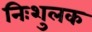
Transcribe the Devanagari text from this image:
निःशुलक